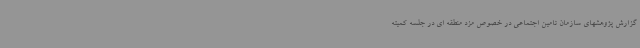
گزارش پژوهشهای سازمان تامین اجتماعی در خصوص مزد منطقه ای در جلسه کمیته